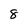
Character: 8